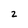
Character: 2